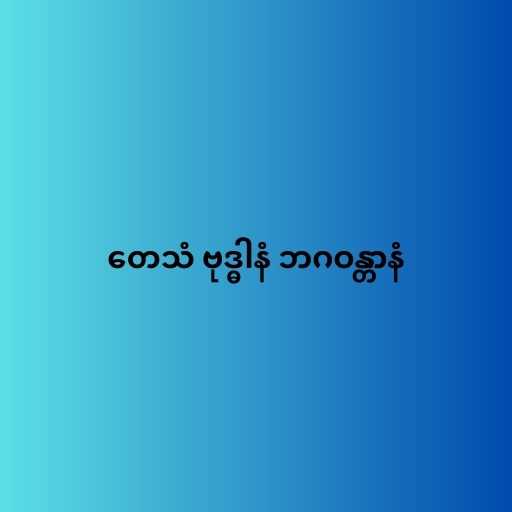
တေသံ ဗုဒ္ဓါနံ ဘဂဝန္တာနံ